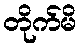
တိုက်မိ